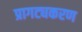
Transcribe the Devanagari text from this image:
प्रागट्यकरण